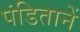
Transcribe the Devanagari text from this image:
पंडितानें